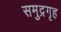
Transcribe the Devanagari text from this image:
समुद्रगृह